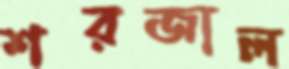
শরজাল